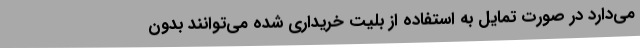
می‌دارد در صورت تمایل به استفاده از بلیت خریداری شده می‌توانند بدون